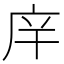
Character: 𰏴